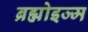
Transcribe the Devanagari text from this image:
ब्रह्मोइज्म